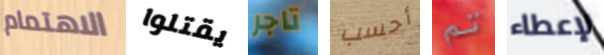
الاهتمام يقتلوا تاجر أحسب تم لإعطاء